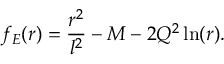
f _ { E } ( r ) = \frac { r ^ { 2 } } { l ^ { 2 } } - M - 2 Q ^ { 2 } \ln ( r ) .